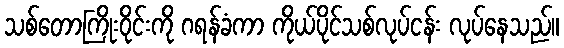
သစ်တောကြိုးဝိုင်းကို ဂရန်ခံကာ ကိုယ်ပိုင်သစ်လုပ်ငန်း လုပ်နေသည်။